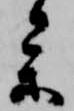
参